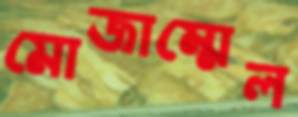
মোজাম্মেল